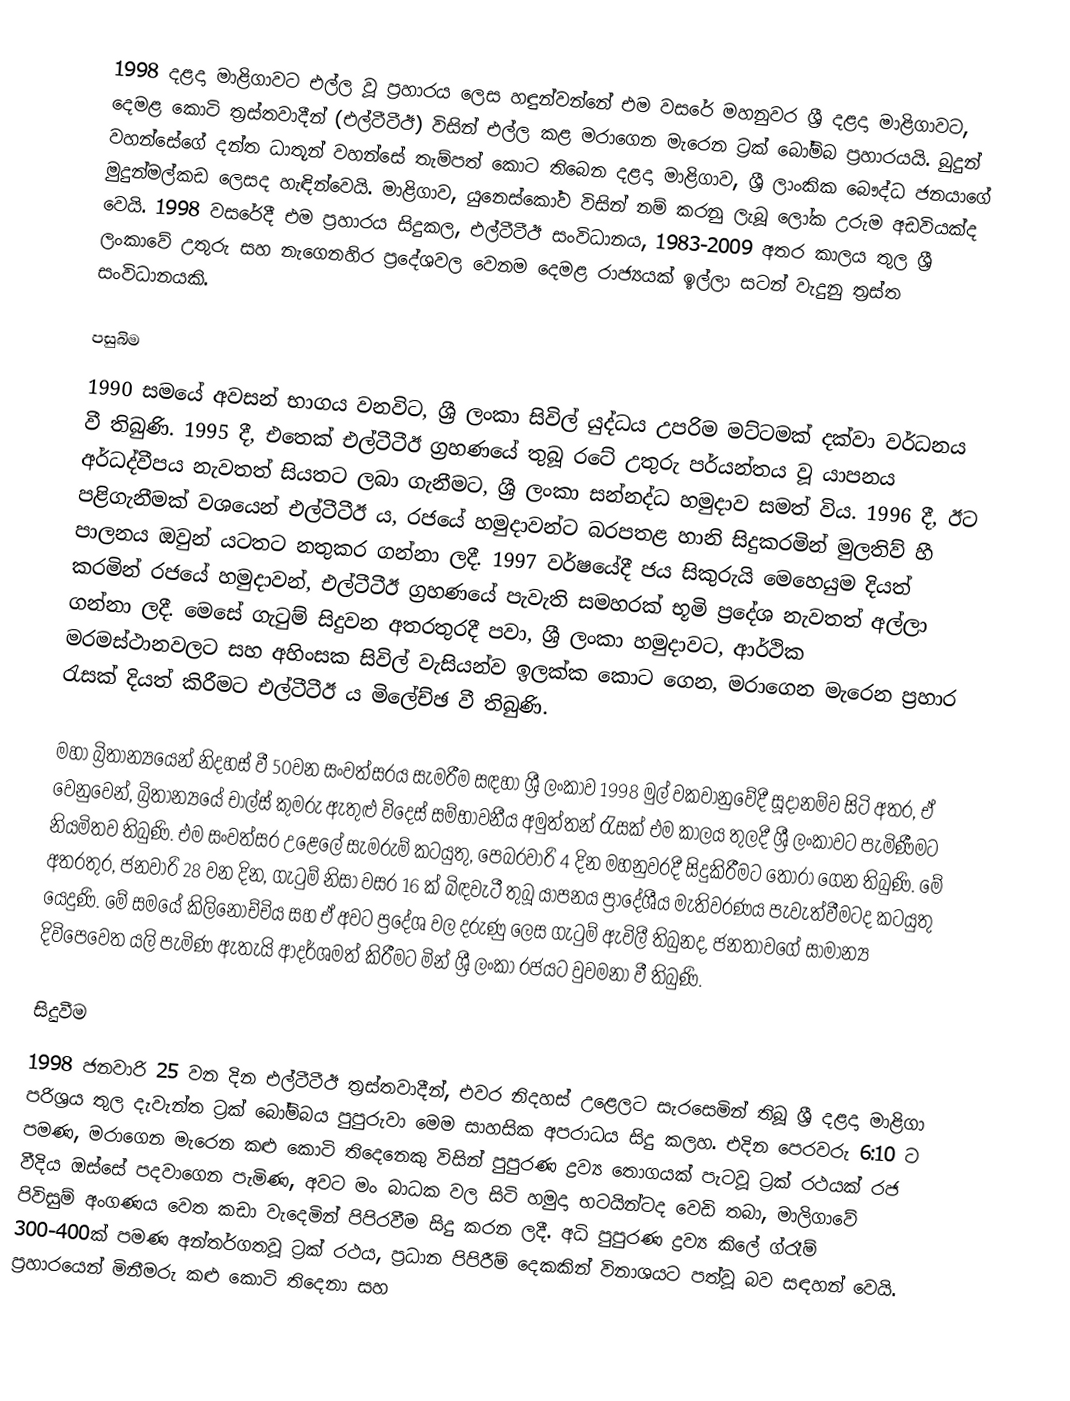
1998 දළදා මාළිගාවට එල්ල වූ ප්‍රහාරය ලෙස හඳුන්වන්නේ එම වසරේ මහනුවර ශ්‍රී දළදා මාළිගාවට, දෙමළ කොටි ත්‍රස්තවාදීන් (එල්ටීටීඊ) විසින් එල්ල කළ මරාගෙන මැරෙන ට්‍රක් බෝම්බ ප්‍රහාරයයි. බුදුන් වහන්සේගේ දන්ත ධාතූන් වහන්සේ තැම්පත් කොට තිබෙන දළදා මාළිගාව, ශ්‍රී ලාංකික බෞද්ධ ජනයාගේ මුදුන්මල්කඩ ලෙසද හැඳින්වෙයි. මාළිගාව, යුනෙස්කෝව විසින් නම් කරනු ලැබූ ලෝක උරුම අඩවියක්ද වෙයි. 1998 වසරේදී එම ප්‍රහාරය සිදුකල, එල්ටීටීඊ සංවිධානය, 1983-2009 අතර කාලය තුල ශ්‍රී ලංකාවේ උතුරු සහ නැගෙනහිර ප්‍රදේශවල වෙනම දෙමළ රාජ්‍යයක් ඉල්ලා සටන් වැදුනු ත්‍රස්ත සංවිධානයකි.

පසුබිම
1990 සමයේ අවසන් භාගය වනවිට, ශ්‍රී ලංකා සිවිල් යුද්ධය උපරිම මට්ටමක් දක්වා වර්ධනය වී තිබුණි. 1995 දී, එතෙක් එල්ටීටීඊ ග්‍රහණයේ තුබූ රටේ උතුරු පර්යන්තය වූ යාපනය අර්ධද්වීපය නැවතත් සියතට ලබා ගැනීමට, ශ්‍රී ලංකා සන්නද්ධ හමුදාව සමත් විය. 1996 දී, ඊට පළිගැනීමක් වශයෙන් එල්ටීටීඊ ය, රජයේ හමුදාවන්ට බරපතළ හානි සිදුකරමින් මුලතිව් හී පාලනය ඔවුන් යටතට නතුකර ගන්නා ලදී. 1997 වර්ෂයේදී ජය සිකුරුයි මෙහෙයුම දියත් කරමින් රජයේ හමුදාවන්, එල්ටීටීඊ ග්‍රහණයේ පැවැති සමහරක් භූමි ප්‍රදේශ නැවතත් අල්ලා ගන්නා ලදී. මෙසේ ගැටුම් සිදුවන අතරතුරදී පවා, ශ්‍රී ලංකා හමුදාවට, ආර්ථික මරමස්ථානවලට සහ අහිංසක සිවිල් වැසියන්ව ඉලක්ක කොට ගෙන, මරාගෙන මැරෙන ප්‍රහාර රැසක් දියත් කිරීමට එල්ටීටීඊ ය මිලේච්ඡ වී තිබුණි.

මහා බ්‍රිතාන්‍යයෙන් නිදහස් වී 50වන සංවත්සරය සැමරීම සඳහා ශ්‍රී ලංකාව 1998 මුල් වකවානුවේදී සූදානම්ව සිටි අතර, ඒ වෙනුවෙන්, බ්‍රිතාන්‍යයේ  චාල්ස් කුමරු ඇතුළු විදෙස් සම්භාවනීය අමුත්තන් රැසක් එම කාලය තුලදී ශ්‍රී ලංකාවට පැමිණීමට නියමිතව තිබුණි. එම සංවත්සර උළෙලේ සැමරුම් කටයුතු, පෙබරවාරි 4 දින මහනුවරදී සිදුකිරීමට තෝරා ගෙන තිබුණි. මේ අතරතුර, ජනවාරි 28 වන දින, ගැටුම් නිසා වසර 16 ක් බිඳවැටී තුබූ යාපනය ප්‍රාදේශීය මැතිවරණය පැවැත්වීමටද කටයුතු යෙදුණි. මේ සමයේ කිලිනොච්චිය සහ ඒ අවට ප්‍රදේශ වල දරුණු ලෙස ගැටුම් ඇවිලී තිබුනද, ජනතාවගේ සාමාන්‍ය දිවිපෙවෙත යලි පැමිණ ඇතැයි ආදර්ශමත් කිරීමට මින් ශ්‍රී ලංකා රජයට වුවමනා වී තිබුණි.

සිදුවීම
1998 ජනවාරි 25 වන දින එල්ටීටීඊ ත්‍රස්තවාදීන්, එවර නිදහස් උළෙලට සැරසෙමින් තිබූ ශ්‍රී දළදා මාළිගා පරිශ්‍රය තුල දැවැන්ත ට්‍රක් බෝම්බය පුපුරුවා මෙම සාහසික අපරාධය සිදු කලහ. එදින පෙරවරු 6:10 ට පමණ, මරාගෙන මැරෙන කළු කොටි තිදෙනෙකු විසින් පුපුරණ ද්‍රව්‍ය තොගයක් පැටවූ ට්‍රක් රථයක් රජ වීදිය ඔස්සේ පදවාගෙන පැමිණ, අවට මං බාධක වල සිටි හමුදා භටයින්ටද වෙඩි තබා, මාලිගාවේ පිවිසුම් අංගණය වෙත කඩා වැදෙමින් පිපිරවීම සිදු කරන ලදී. අධි පුපුරණ ද්‍රව්‍ය කිලේ ග්රෑම් 300-400ක් පමණ අන්තර්ගතවූ ට්‍රක් රථය, ප්‍රධාන පිපිරීම් දෙකකින් විනාශයට පත්වූ බව සඳහන් වෙයි. ප්‍රහාරයෙන් මිනීමරු කළු කොටි තිදෙනා සහ